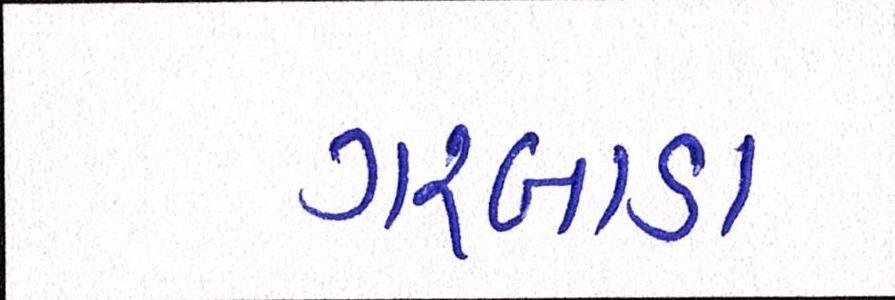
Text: ગરબાડા